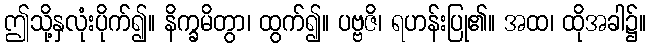
ဤသို့နှလုံးပိုက်၍။ နိက္ခမိတွာ၊ ထွက်၍။ ပဗ္ဗဇိ၊ ရဟန်းပြု၏။ အထ၊ ထိုအခါ၌။